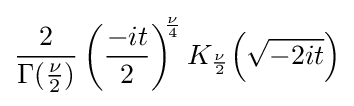
{\frac {2}{\Gamma ({\frac {\nu }{2}})}}\left({\frac {-it}{2}}\right)^{\!\!{\frac {\nu }{4}}}K_{\frac {\nu }{2}}\!\left({\sqrt {-2it}}\right)